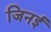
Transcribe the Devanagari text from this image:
जिनई